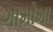
ગામોમા